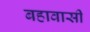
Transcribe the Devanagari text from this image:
बहावासी